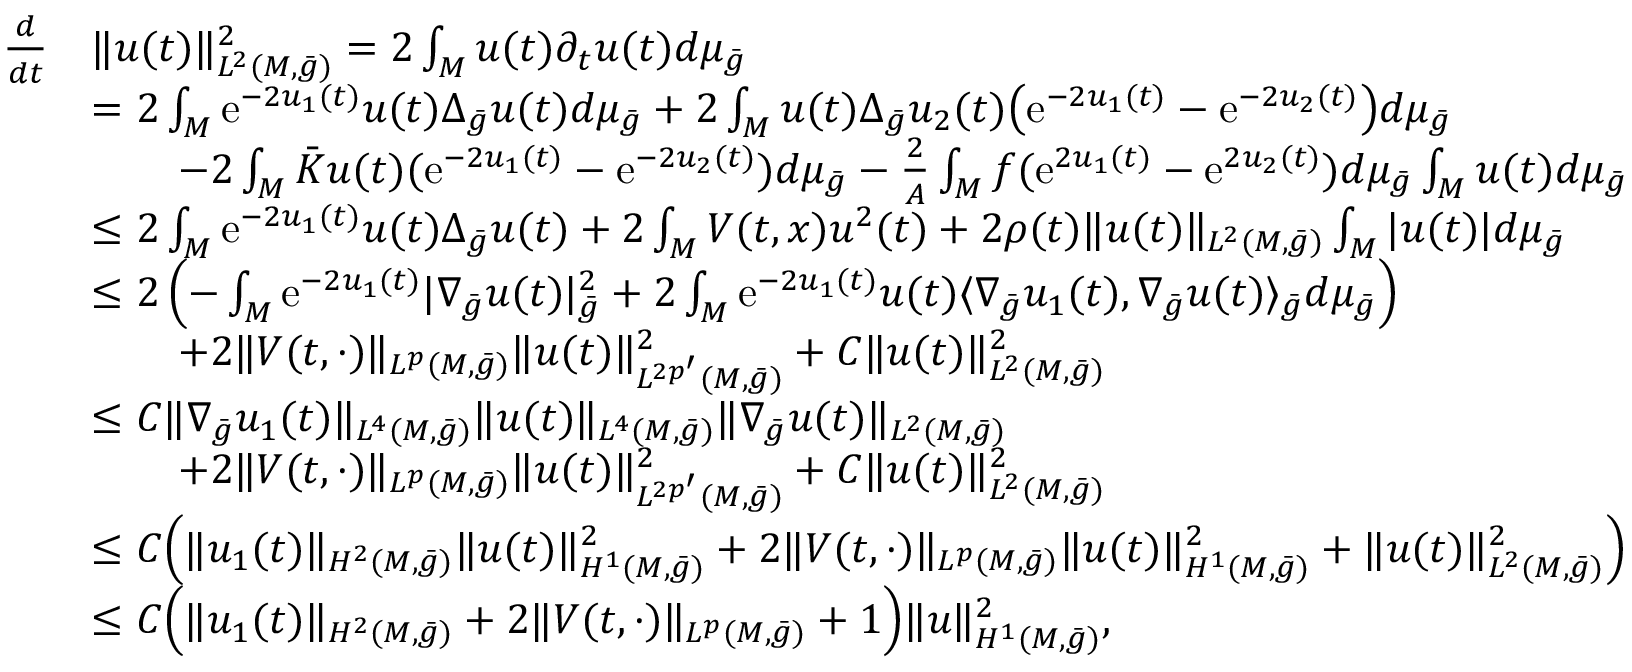
\begin{array} { r l } { \frac { d } { d t } } & { \| u ( t ) \| _ { L ^ { 2 } ( M , \bar { g } ) } ^ { 2 } = 2 \int _ { M } u ( t ) \partial _ { t } u ( t ) d \mu _ { \bar { g } } } \\ & { = 2 \int _ { M } \mathrm { e } ^ { - 2 u _ { 1 } ( t ) } u ( t ) \Delta _ { \bar { g } } u ( t ) d \mu _ { \bar { g } } + 2 \int _ { M } u ( t ) \Delta _ { \bar { g } } u _ { 2 } ( t ) \bigl ( \mathrm { e } ^ { - 2 u _ { 1 } ( t ) } - \mathrm { e } ^ { - 2 u _ { 2 } ( t ) } \bigr ) d \mu _ { \bar { g } } } \\ & { \qquad - 2 \int _ { M } \bar { K } u ( t ) ( \mathrm { e } ^ { - 2 u _ { 1 } ( t ) } - \mathrm { e } ^ { - 2 u _ { 2 } ( t ) } ) d \mu _ { \bar { g } } - \frac 2 A \int _ { M } f ( \mathrm { e } ^ { 2 u _ { 1 } ( t ) } - \mathrm { e } ^ { 2 u _ { 2 } ( t ) } ) d \mu _ { \bar { g } } \int _ { M } u ( t ) d \mu _ { \bar { g } } } \\ & { \le 2 \int _ { M } \mathrm { e } ^ { - 2 u _ { 1 } ( t ) } u ( t ) \Delta _ { \bar { g } } u ( t ) + 2 \int _ { M } V ( t , x ) u ^ { 2 } ( t ) + 2 \rho ( t ) \| u ( t ) \| _ { L ^ { 2 } ( M , \bar { g } ) } \int _ { M } | u ( t ) | d \mu _ { \bar { g } } } \\ & { \le 2 \left( - \int _ { M } \mathrm { e } ^ { - 2 u _ { 1 } ( t ) } | \nabla _ { \bar { g } } u ( t ) | _ { \bar { g } } ^ { 2 } + 2 \int _ { M } \mathrm { e } ^ { - 2 u _ { 1 } ( t ) } u ( t ) \langle \nabla _ { \bar { g } } u _ { 1 } ( t ) , \nabla _ { \bar { g } } u ( t ) \rangle _ { \bar { g } } d \mu _ { \bar { g } } \right) } \\ & { \qquad + 2 \| V ( t , \cdot ) \| _ { L ^ { p } ( M , \bar { g } ) } \| u ( t ) \| _ { L ^ { 2 p ^ { \prime } } ( M , \bar { g } ) } ^ { 2 } + C \| u ( t ) \| _ { L ^ { 2 } ( M , \bar { g } ) } ^ { 2 } } \\ & { \le C \| \nabla _ { \bar { g } } u _ { 1 } ( t ) \| _ { L ^ { 4 } ( M , \bar { g } ) } \| u ( t ) \| _ { L ^ { 4 } ( M , \bar { g } ) } \| \nabla _ { \bar { g } } u ( t ) \| _ { L ^ { 2 } ( M , \bar { g } ) } } \\ & { \qquad + 2 \| V ( t , \cdot ) \| _ { L ^ { p } ( M , \bar { g } ) } \| u ( t ) \| _ { L ^ { 2 p ^ { \prime } } ( M , \bar { g } ) } ^ { 2 } + C \| u ( t ) \| _ { L ^ { 2 } ( M , \bar { g } ) } ^ { 2 } } \\ & { \le C \Bigl ( \| u _ { 1 } ( t ) \| _ { H ^ { 2 } ( M , \bar { g } ) } \| u ( t ) \| _ { H ^ { 1 } ( M , \bar { g } ) } ^ { 2 } + 2 \| V ( t , \cdot ) \| _ { L ^ { p } ( M , \bar { g } ) } \| u ( t ) \| _ { H ^ { 1 } ( M , \bar { g } ) } ^ { 2 } + \| u ( t ) \| _ { L ^ { 2 } ( M , \bar { g } ) } ^ { 2 } \Bigr ) } \\ & { \le C \Bigl ( \| u _ { 1 } ( t ) \| _ { H ^ { 2 } ( M , \bar { g } ) } + 2 \| V ( t , \cdot ) \| _ { L ^ { p } ( M , \bar { g } ) } + 1 \Bigr ) \| u \| _ { H ^ { 1 } ( M , \bar { g } ) } ^ { 2 } , } \end{array}